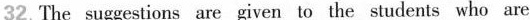
32. The suggestions are given to the students who are